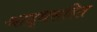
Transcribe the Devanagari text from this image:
श्राद्धसहित